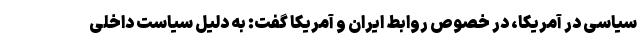
سیاسی در آمریکا، در خصوص روابط ایران و آمریکا گفت: به دلیل سیاست داخلی